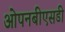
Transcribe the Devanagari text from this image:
ओपनबीएसडी